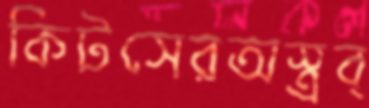
কিটসেরঅস্ত্রব্